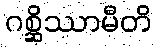
ဂစ္ဆိဿာမီတိ